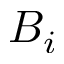
B _ { i }